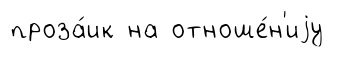
проза́ик на отноше́н'иjу